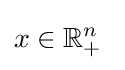
x\in \mathbb {R} _{+}^{n}\